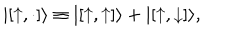
| [ { \uparrow } , \cdot ] \rangle \equiv | [ { \uparrow } , { \uparrow } ] \rangle + | [ { \uparrow } , { \downarrow } ] \rangle ,